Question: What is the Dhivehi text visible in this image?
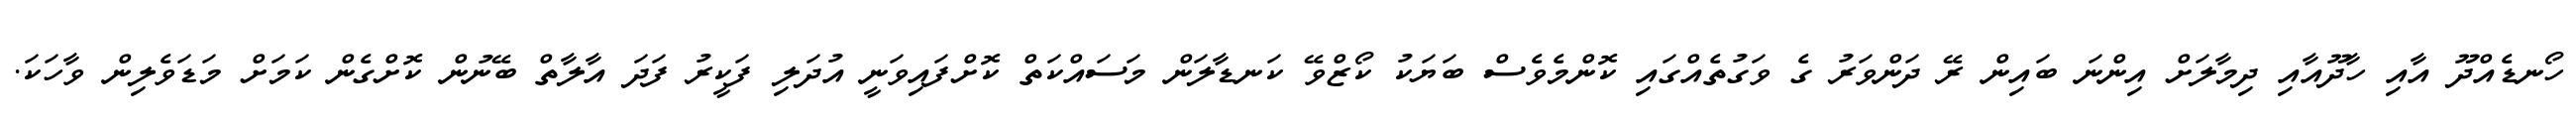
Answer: ހޯނޑެއްދޫ އާއި ހާދޫއާއި ދިމާލަށް އިންނަ ބައިން ރޭ ދަންވަރު ގެ ވަގުތެއްގައި ކޮންމެވެސް ބަޔަކު ކޯޒްވޭ ކަނޑާލަން މަސައްކަތް ކޮށްފައިވަނީ އުދަލި ފަކީރު ފަދަ އާލާތް ބޭނުން ކޮށްގެން ކަމަށް މަޑަވެލިން ވާހަކަ.